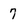
Character: 7